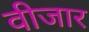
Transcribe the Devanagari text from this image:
वीजार